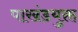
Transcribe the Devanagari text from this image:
पाखंडयुक्त